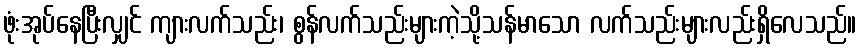
ဖုံးအုပ်နေပြီးလျှင် ကျားလက်သည်း၊ စွန်လက်သည်းများကဲ့သို့သန်မာသော လက်သည်းများလည်းရှိလေသည်။